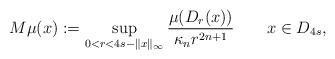
LaTeX: \begin{align*}M\mu(x):=\sup_{0<r<4s-\|x\|_\infty}\dfrac{\mu(D_r(x))}{\kappa_n r^{2n+1}} \qquad x\in D_{4s},\end{align*}